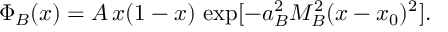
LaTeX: \Phi _ { B } ( x ) = A \, x ( 1 - x ) \, \exp [ - a _ { B } ^ { 2 } M _ { B } ^ { 2 } ( x - x _ { 0 } ) ^ { 2 } ] .